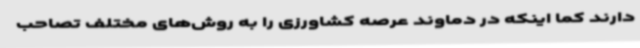
دارند کما اینکه در دماوند عرصه کشاورزی را به روش‌های مختلف تصاحب